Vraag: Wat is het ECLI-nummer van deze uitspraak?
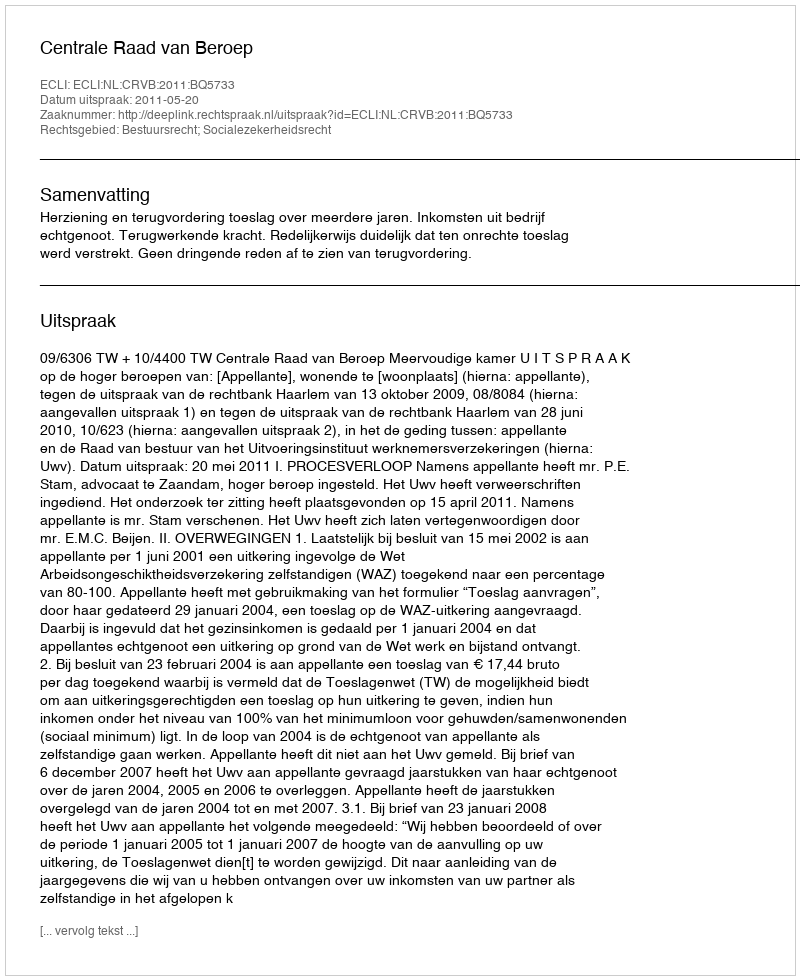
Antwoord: ECLI:NL:CRVB:2011:BQ5733